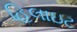
હિલાઇટ